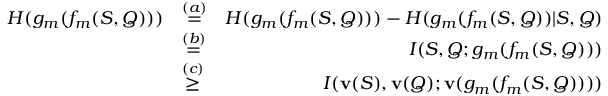
\begin{array} { r l r } { H ( g _ { m } ( f _ { m } ( S , Q ) ) ) } & { \stackrel { ( a ) } { = } } & { H ( g _ { m } ( f _ { m } ( S , Q ) ) ) - H ( g _ { m } ( f _ { m } ( S , Q ) ) | S , Q ) } \\ & { \stackrel { ( b ) } { = } } & { I ( S , Q ; g _ { m } ( f _ { m } ( S , Q ) ) ) } \\ & { \stackrel { ( c ) } { \geq } } & { I ( { \mathbf { v } ( S ) } , { \mathbf { v } ( Q ) } ; { \mathbf { v } ( g _ { m } ( f _ { m } ( S , Q ) ) ) } ) } \end{array}